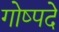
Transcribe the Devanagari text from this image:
गोष्पदे